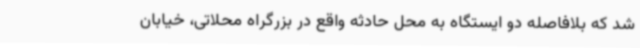
شد که بلافاصله دو ایستگاه به محل حادثه واقع در بزرگراه محلاتی، خیابان